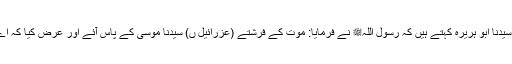
1613: سیدنا ابو ہریرہؓ کہتے ہیں کہ رسول اللہﷺ نے فرمایا: موت کے فرشتے (عزرائیل ں) سیدنا موسیٰؑ کے پاس آئے اور عرض کیا کہ اے موسیٰ!